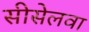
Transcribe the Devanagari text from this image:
सीसेलवा